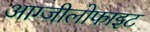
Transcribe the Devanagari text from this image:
आग्जीलोफाइट